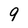
Character: 9